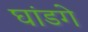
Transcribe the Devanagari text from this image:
घांडगे